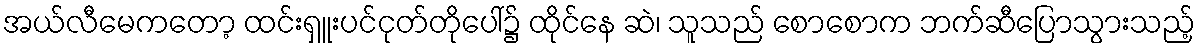
အယ်လီမေကတော့ ထင်းရှူးပင်ငုတ်တိုပေါ်၌ ထိုင်နေ ဆဲ၊ သူသည် စောစောက ဘက်ဆီပြောသွားသည့်